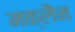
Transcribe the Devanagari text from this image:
मक्लैन